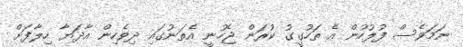
ނަމަވެސް ފުލުހުން އެ ތަހުގީގު ކުރަން ޖެހުނީ އެތަނުގައި ދިވެހިން އާދަޔާ ހިލާފަށް